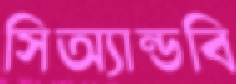
সিঅ্যান্ডবি